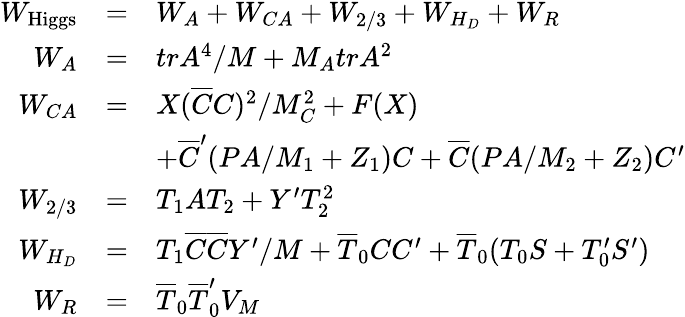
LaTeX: \begin{array}{rcl}{{W_{\mathrm{Higgs}}}}&{{=}}&{{W_{A}+W_{CA}+W_{2/3}+W_{H_{D}}+W_{R}}}\\ {{W_{A}}}&{{=}}&{{trA^{4}/M+M_{A}trA^{2}}}\\ {{W_{CA}}}&{{=}}&{{X(\overline{{{C}}}C)^{2}/M_{C}^{2}+F(X)}}\\ {{}}&{{}}&{{+\overline{{{C}}}^{\prime}(PA/M_{1}+Z_{1})C+\overline{{{C}}}(PA/M_{2}+Z_{2})C^{\prime}}}\\ {{W_{2/3}}}&{{=}}&{{T_{1}AT_{2}+Y^{\prime}T_{2}^{2}}}\\ {{W_{H_{D}}}}&{{=}}&{{T_{1}\overline{{{C}}}\overline{{{C}}}Y^{\prime}/M+\overline{{{T}}}_{0}CC^{\prime}+\overline{{{T}}}_{0}(T_{0}S+T_{0}^{\prime}S^{\prime})}}\\ {{W_{R}}}&{{=}}&{{\overline{{{T}}}_{0}\overline{{{T}}}_{0}^{\prime}V_{M}}}\end{array}